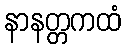
နာနတ္တကထံ